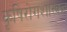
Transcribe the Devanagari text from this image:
कृषिरोगशास्त्रज्ञ